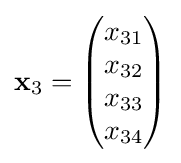
\mathbf {x} _{3}={\begin{pmatrix}x_{31}\\x_{32}\\x_{33}\\x_{34}\end{pmatrix}}